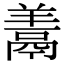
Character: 𩰱